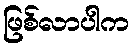
ဖြစ်လာပါက